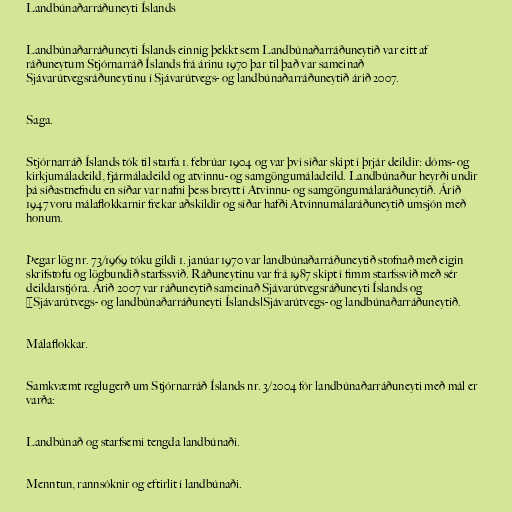
Landbúnaðarráðuneyti Íslands

Landbúnaðarráðuneyti Íslands einnig þekkt sem Landbúnaðarráðuneytið var eitt af
ráðuneytum Stjórnarráð Íslands frá árinu 1970 þar til það var sameinað
Sjávarútvegsráðuneytinu í Sjávarútvegs- og landbúnaðarráðuneytið árið 2007.

Saga.

Stjórnarráð Íslands tók til starfa 1. febrúar 1904 og var því síðar skipt í þrjár deildir: dóms- og
kirkjumáladeild, fjármáladeild og atvinnu- og samgöngumáladeild. Landbúnaður heyrði undir
þá síðastnefndu en síðar var nafni þess breytt í Atvinnu- og samgöngumálaráðuneytið. Árið
1947 voru málaflokkarnir frekar aðskildir og síðar hafði Atvinnumálaráðuneytið umsjón með
honum.

Þegar lög nr. 73/1969 tóku gildi 1. janúar 1970 var landbúnaðarráðuneytið stofnað með eigin
skrifstofu og lögbundið starfssvið. Ráðuneytinu var frá 1987 skipt í fimm starfssvið með sér
deildarstjóra. Árið 2007 var ráðuneytið sameinað Sjávarútvegsráðuneyti Íslands og
[[Sjávarútvegs- og landbúnaðarráðuneyti Íslands|Sjávarútvegs- og landbúnaðarráðuneytið.

Málaflokkar.

Samkvæmt reglugerð um Stjórnarráð Íslands nr. 3/2004 fór landbúnaðarráðuneyti með mál er
varða:

Landbúnað og starfsemi tengda landbúnaði.

Menntun, rannsóknir og eftirlit í landbúnaði.